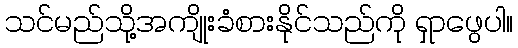
သင်မည်သို့အကျိုးခံစားနိုင်သည်ကို ရှာဖွေပါ။